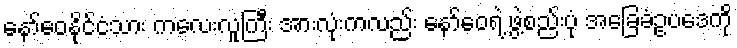
နော်ဝေနိုင်ငံသား ကလေးလူကြီး အားလုံးကလည်း နော်ဝေရဲ့ ဖွဲ့စည်းပုံ အခြေခံဥပဒေကို